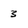
Character: 3